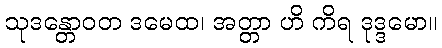
သုဒန္တောဝတ ဒမေထ၊ အတ္တာ ဟိ ကိရ ဒုဒ္ဒမော။